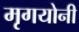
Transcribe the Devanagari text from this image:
मृगयोनी